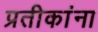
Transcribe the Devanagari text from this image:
प्रतीकांना